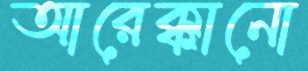
আরেক্কানো